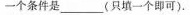
一个条件是___(只填一个即可).